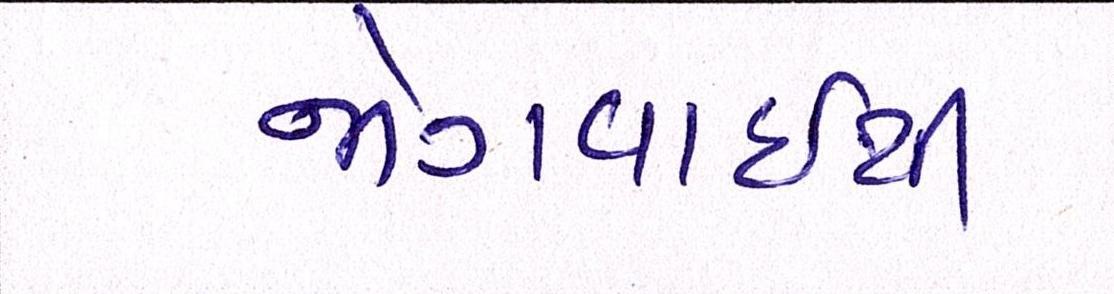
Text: જોગવાઈથી